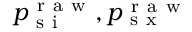
p _ { \mathrm { ~ s ~ i ~ } } ^ { \mathrm { ~ r ~ a ~ w ~ } } , p _ { \mathrm { ~ s ~ x ~ } } ^ { \mathrm { ~ r ~ a ~ w ~ } }